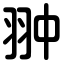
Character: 翀